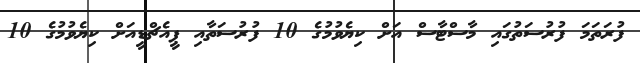
ފުރަތަމަ ފުރުސަތުގައި މާސްޓާސް އަށް ކިޔެވުމުގެ 10 ފުރުސަތާއި ޕީއެޗްޑީއަށް ކިޔެވުމުގެ 10